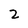
Character: 2